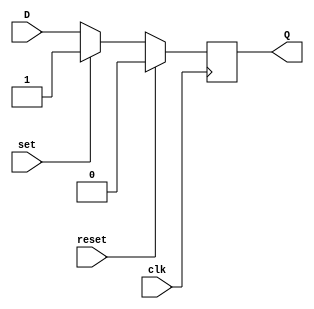
module d_ff_reset_set (
    input wire clk,
    input wire reset,
    input wire set,
    input wire D,
    output reg Q
);

always @(posedge clk) begin
    if (reset) begin
        Q <= 1'b0; // Predefined reset state
    end else if (set) begin
        Q <= 1'b1; // Predefined set state
    end else begin
        Q <= D; // Store D on rising edge of clk
    end
end

endmodule